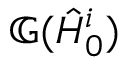
\mathbb { G } ( \hat { H } _ { 0 } ^ { i } )